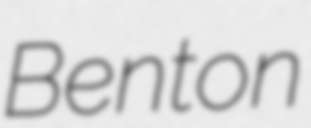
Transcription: Benton